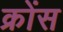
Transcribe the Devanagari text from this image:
क्रोंस